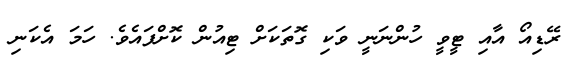
ރޭޑިއޯ އާއި ޓީވީ ހުންނަނީ ވަކި ގޮތަކަށް ޓިއުން ކޮށްފައެވެ. ހަމަ އެކަނި